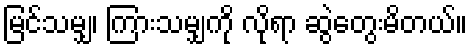
မြင်သမျှ၊ ကြားသမျှကို လိုရာ ဆွဲတွေးမိတယ်။